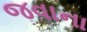
જવાના